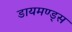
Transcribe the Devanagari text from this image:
डायमण्ड्स